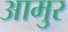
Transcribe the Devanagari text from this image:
आमुर